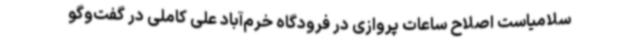
سلامیاست‌ اصلاح ساعات پروازی در فرودگاه خرم‌آباد علی کاملی در گفت‌وگو